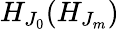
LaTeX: H_{J_{0}}(H_{J_{m}})